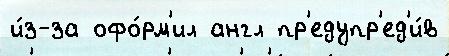
и́з-за офо́рм'ил англ пр'едупр'ед'и́в